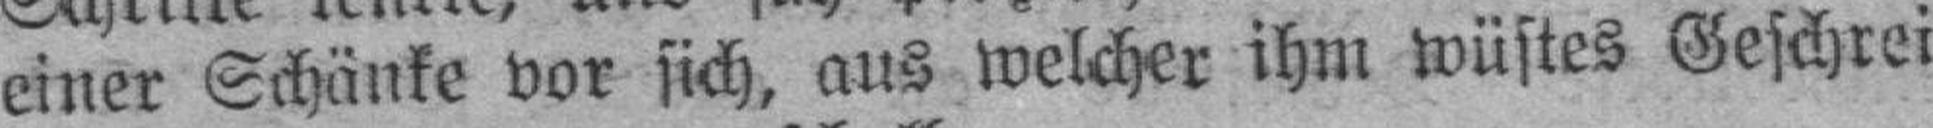
einer Schänke vor sich, aus welcher ihm wüstes Geschrei